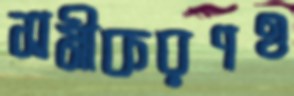
সমীকরণও